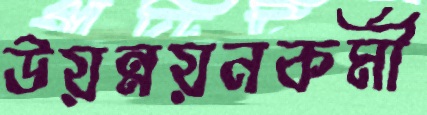
উয়ন্নয়নকর্মী